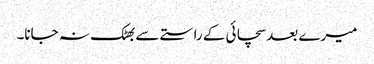
میرے بعد سچائی کے راستے سے بھٹک نہ جانا۔